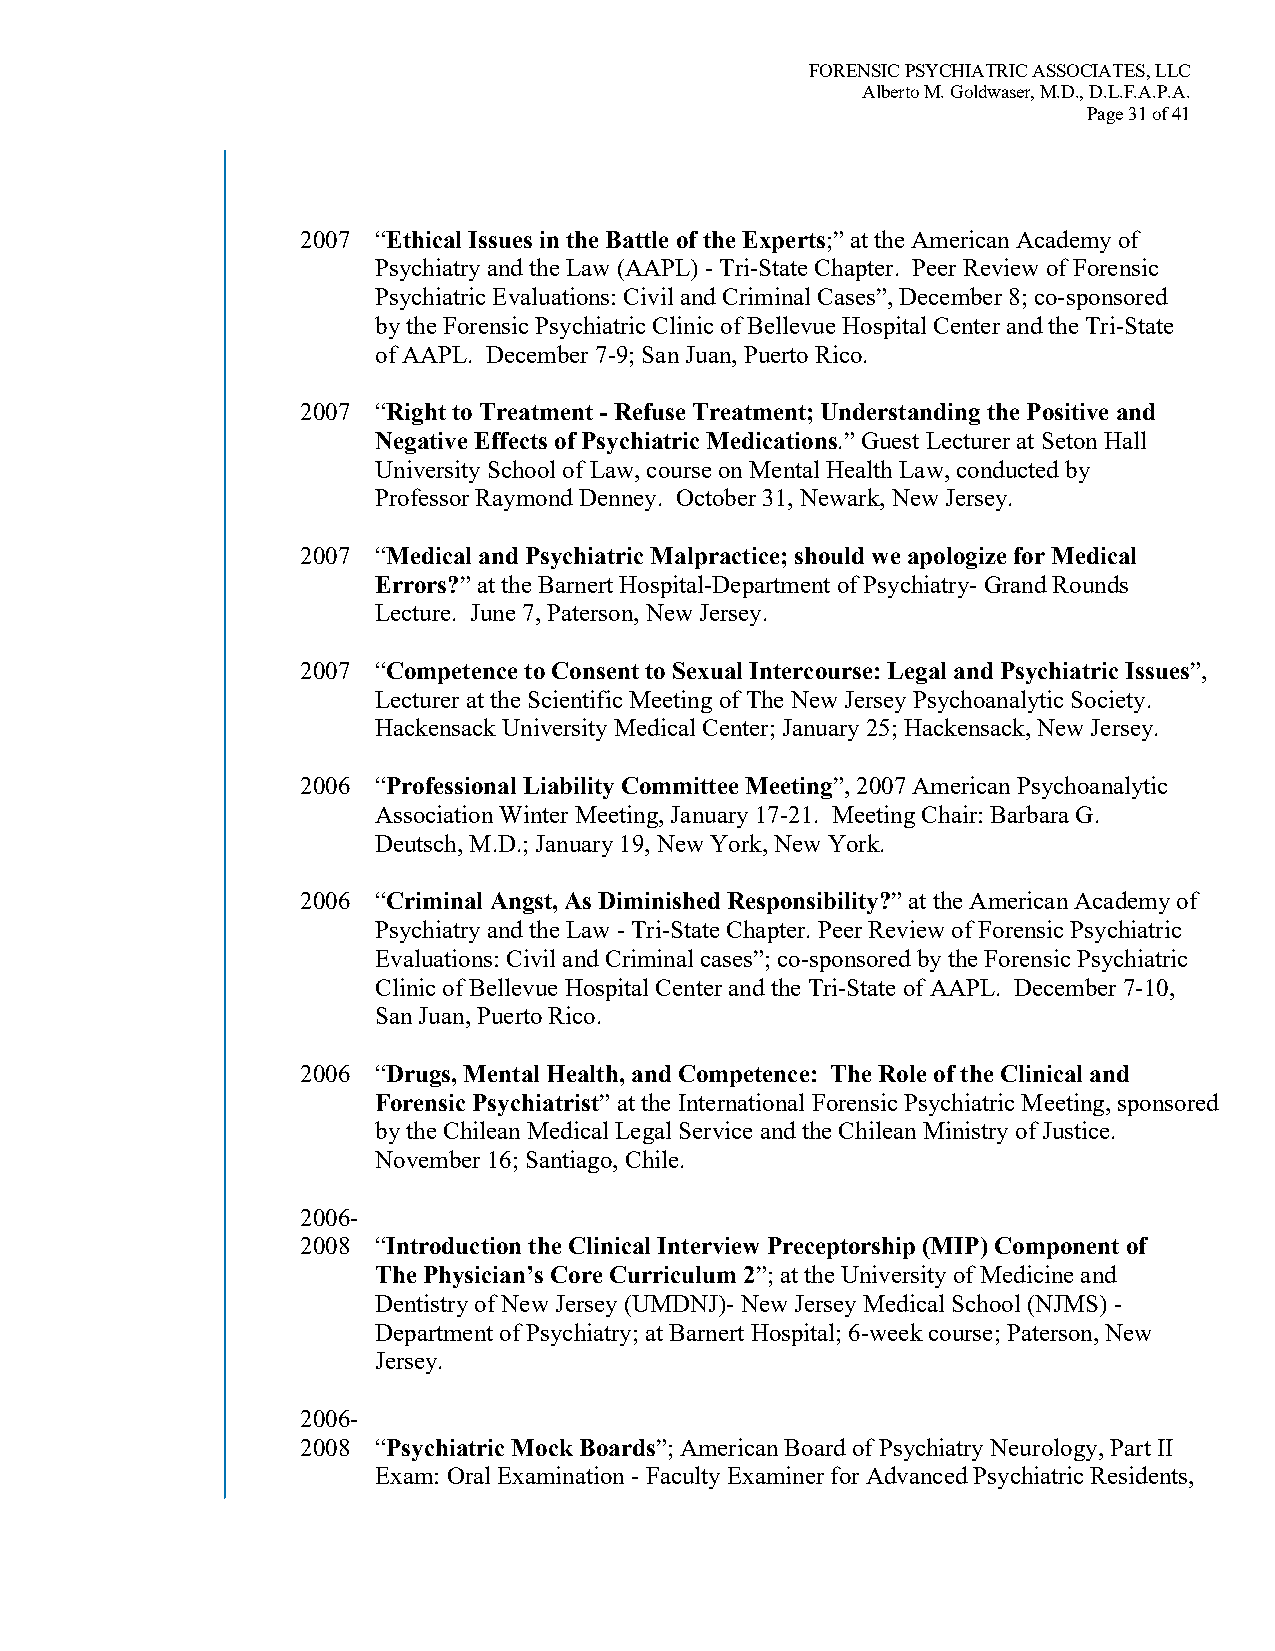
FORENSIC PSYCHIATRIC ASSOCIATES, LLC
 Alberto M. Goldwaser, M.D., D.L.F.A.P.A.
 Page 31 of 41
 2007 “Ethical Issues in the Battle of the Experts;” at the American Academy of
 Psychiatry and the Law (AAPL) - Tri-State Chapter. Peer Review of Forensic
 Psychiatric Evaluations: Civil and Criminal Cases”, December 8; co-sponsored
 by the Forensic Psychiatric Clinic of Bellevue Hospital Center and the Tri-State
 of AAPL. December 7-9; San Juan, Puerto Rico.
 2007 “Right to Treatment - Refuse Treatment; Understanding the Positive and
 Negative Effects of Psychiatric Medications.” Guest Lecturer at Seton Hall
 University School of Law, course on Mental Health Law, conducted by
 Professor Raymond Denney. October 31, Newark, New Jersey.
 2007 “Medical and Psychiatric Malpractice; should we apologize for Medical
 Errors?” at the Barnert Hospital-Department of Psychiatry- Grand Rounds
 Lecture. June 7, Paterson, New Jersey.
 2007 “Competence to Consent to Sexual Intercourse: Legal and Psychiatric Issues”,
 Lecturer at the Scientific Meeting of The New Jersey Psychoanalytic Society.
 Hackensack University Medical Center; January 25; Hackensack, New Jersey.
 2006 “Professional Liability Committee Meeting”, 2007 American Psychoanalytic
 Association Winter Meeting, January 17-21. Meeting Chair: Barbara G.
 Deutsch, M.D.; January 19, New York, New York.
 2006 “Criminal Angst, As Diminished Responsibility?” at the American Academy of
 Psychiatry and the Law - Tri-State Chapter. Peer Review of Forensic Psychiatric
 Evaluations: Civil and Criminal cases”; co-sponsored by the Forensic Psychiatric
 Clinic of Bellevue Hospital Center and the Tri-State of AAPL. December 7-10,
 San Juan, Puerto Rico.
 2006 “Drugs, Mental Health, and Competence: The Role of the Clinical and
 Forensic Psychiatrist” at the International Forensic Psychiatric Meeting, sponsored
 by the Chilean Medical Legal Service and the Chilean Ministry of Justice.
 November 16; Santiago, Chile.
 2006-
 2008 “Introduction the Clinical Interview Preceptorship (MIP) Component of
 The Physician’s Core Curriculum 2”; at the University of Medicine and
 Dentistry of New Jersey (UMDNJ)- New Jersey Medical School (NJMS) -
 Department of Psychiatry; at Barnert Hospital; 6-week course; Paterson, New
 Jersey.
 2006-
 2008 “Psychiatric Mock Boards”; American Board of Psychiatry Neurology, Part II
 Exam: Oral Examination - Faculty Examiner for Advanced Psychiatric Residents,